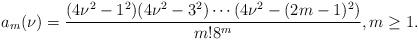
LaTeX: \begin{align*}a_{m}(\nu) = \frac{(4\nu^2 - 1^2) ( 4\nu^2 - 3^2) \cdots (4\nu^2 - (2m-1)^2)}{m! 8^m}, m\geq 1.\end{align*}